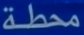
محطة